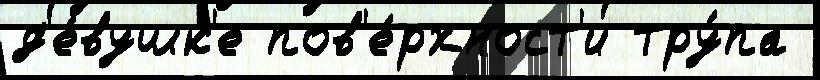
д'е́вушк'е пов'е́рхност'и тру́па